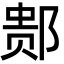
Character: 䣒